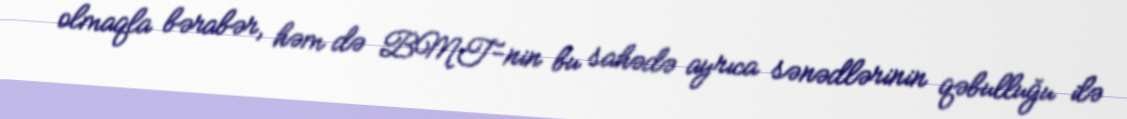
olmaqla bərabər, həm də BMT-nin bu sahədə ayrıca sənədlərinin qəbulluğu ilə